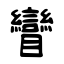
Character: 矕